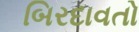
બિરદાવતો